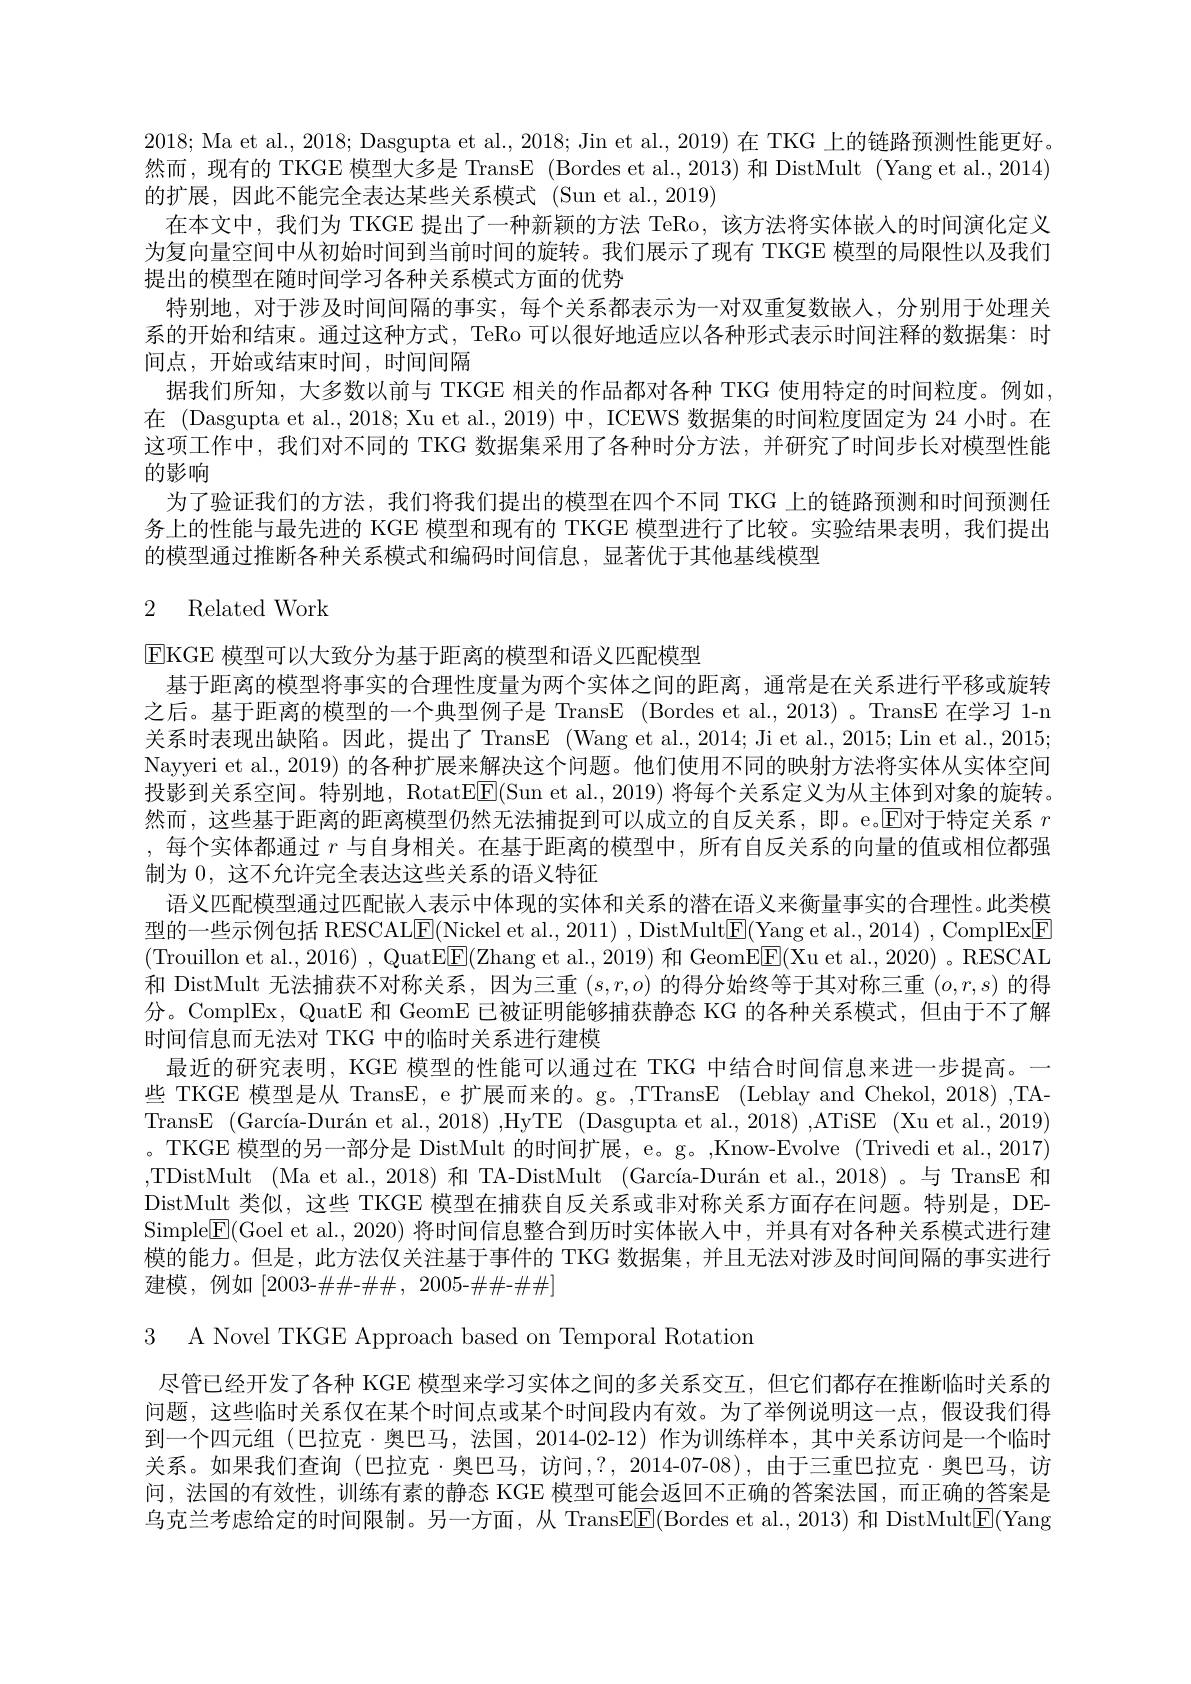
2018; Ma et al., 2018; Dasgupta et al., 2018; Jin et al., 2019) 在 TKG 上的链路预测性能更好。然而，现有的 TKGE 模型大多是 TransE (Bordes et al., 2013) 和 DistMult (Yang et al., 2014) 的扩展，因此不能完全表达某些关系模式 (Sun et al.,2019)
在本文中，我们为 TKGE 提出了一种新颖的方法 TeRo,该方法将实体嵌入的时间演化定义为复向量空间中从初始时间到当前时间的旋转。我们展示了现有 TKGE 模型的局限性以及我们提出的模型在随时间学习各种关系模式方面的优势
特别地，对于涉及时间间隔的事实，每个关系都表示为一对双重复数嵌人，分别用于处理关系的开始和结束。通过这种方式，TeRo 可以很好地适应以各种形式表示时间注释的数据集：时间点，开始或结束时间，时间间隔
据我们所知，大多数以前与 TKGE 相关的作品都对各种 TKG 使用特定的时间粒度。例如， 在 (Dasgupta et al., 2018; Xu et al., 2019) 中，ICEWS 数据集的时间粒度固定为 24 小时。在这项工作中，我们对不同的 TKG 数据集采用了各种时分方法，并研究了时间步长对模型性能的影响
为了验证我们的方法，我们将我们提出的模型在四个不同 TKG 上的链路预测和时间预测任务上的性能与最先进的 KGE 模型和现有的 TKGE 模型进行了比较。实验结果表明，我们提出的模型通过推断各种关系模式和编码时间信息，显著优于其他基线模型

# 2 Related Work

$\operatorname{E}$KGE 模型可以大致分为基于距离的模型和语义匹配模型
基于距离的模型将事实的合理性度量为两个实体之间的距离，通常是在关系进行平移或旋转之后。基于距离的模型的一个典型例子是 TransE (Bordes et al., 2013) 。TransE 在学习 1-n 关系时表现出缺陷。因此，提出了 TransE (Wang et al., 2014; Ji et al., 2015; Lin et al., 2015; Nayyeri et al., 2019) 的各种扩展来解决这个问题。他们使用不同的映射方法将实体从实体空间投影到关系空间。特别地，RotatE$\underline{\mathrm{F}}($Sun et al., 2019) 将每个关系定义为从主体到对象的旋转。然而，这些基于距离的距离模型仍然无法捕捉到可以成立的自反关系，即。e。$\overline{\mathrm{E}}$对于特定关系 $r$ ,每个实体都通过$r$与自身相关。在基于距离的模型中，所有自反关系的向量的值或相位都强制为0，这不允许完全表达这些关系的语义特征
语义匹配模型通过匹配嵌入表示中体现的实体和关系的潜在语义来衡量事实的合理性。此类模型的一些示例包括 RESCAL$\boxed{\mathrm{F}}($Nickel et al., 2011) , DistMult$\boxed{\mathrm{E}}($Yang et al., 2014) , ComplExF (Trouillon et al., 2016) , QuatEE(Zhang et al., 2019) 和 GeomE[E](Xu et al., 2020) 。RESCAL 和 DistMult 无法捕获不对称关系，因为三重$(s,r,o)$的得分始终等于其对称三重$(o,r,s)$的得分。ComplEx, QuatE 和 GeomE 已被证明能够捕获静态 KG 的各种关系模式，但由于不了解时间信息而无法对 TKG 中的临时关系进行建模
最近的研究表明，KGE 模型的性能可以通过在 TKG 中结合时间信息来进一步提高。一些 TKGE 模型是从 TransE, e 扩展而来的。g。,TTransE (Leblay and Chekol, 2018) ,TATransE (García-Durán et al., 2018) ,HyTE (Dasgupta et al., 2018) ,ATiSE (Xu et al., 2019) 。TKGE 模型的另一部分是 DistMult 的时间扩展，e。g。,Know-Evolve (Trivedi et al., 2017) ,TDistMult (Ma et al.,2018) 和 TA-DistMult (García-Durán et al.,2018)。与 TransE 和DistMult 类似，这些 TKGE 模型在捕获自反关系或非对称关系方面存在问题。特别是，DESimple$\underline{\mathrm{E}}($Goel et al., 2020) 将时间信息整合到历时实体嵌人中，并具有对各种关系模式进行建模的能力。但是，此方法仅关注基于事件的 TKG 数据集，并且无法对涉及时间间隔的事实进行建模，例如[2003-$\#\#-\#\#,2005-\#\#-\#\#]$
3 A Novel TKGE Approach based on Temporal Rotation
尽管已经开发了各种 KGE 模型来学习实体之间的多关系交互，但它们都存在推断临时关系的问题，这些临时关系仅在某个时间点或某个时间段内有效。为了举例说明这一点，假设我们得到一个四元组 (巴拉克·奥巴马，法国，2014-02-12) 作为训练样本，其中关系访问是一个临时关系。如果我们查询(巴拉克·奥巴马，访问，?,2014-07-08),由于三重巴拉克·奥巴马，访间，法国的有效性，训练有素的静态 KGE 模型可能会返回不正确的答案法国，而正确的答案是乌克兰考虑给定的时间限制。另一方面，从 TransEE$\boxed{\mathrm{F}}($Bordes et al., 2013) 和 DistMult$\boxed{\mathrm{E}}($Yang